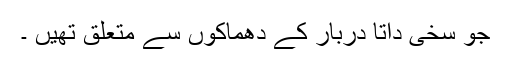
جو سخی داتا دربار کے دھماکوں سے متعلق تھیں ۔